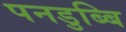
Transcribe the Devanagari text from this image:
पनडुब्बि